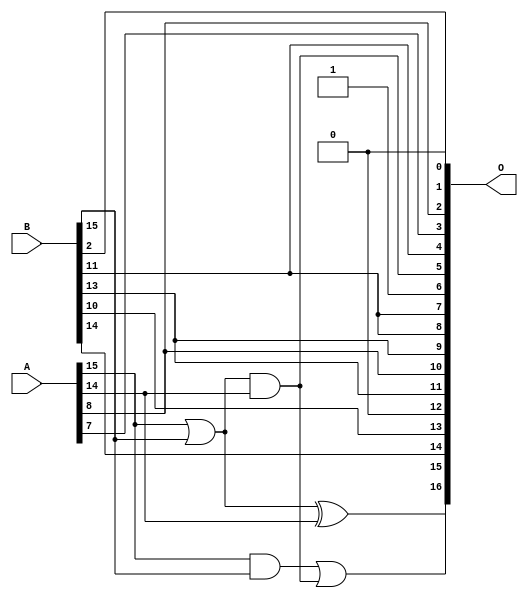
/***
* This code is a part of EvoApproxLib library (ehw.fit.vutbr.cz/approxlib) distributed under The MIT License.
* When used, please cite the following article(s): PRABAKARAN B. S., MRAZEK V., VASICEK Z., SEKANINA L., SHAFIQUE M. ApproxFPGAs: Embracing ASIC-based Approximate Arithmetic Components for FPGA-Based Systems. DAC 2020. 
***/
// MAE% = 9.90 %
// MAE = 12976 
// WCE% = 34.18 %
// WCE = 44805 
// WCRE% = 6300.00 %
// EP% = 100.00 %
// MRE% = 22.35 %
// MSE = 25358.103e4 
// FPGA_POWER = 0.29
// FPGA_DELAY = 6.2
// FPGA_LUT = 2.0


module add16u_0MH(A, B, O);
  input [15:0] A, B;
  output [16:0] O;
  wire sig_103, sig_104, sig_105;
  assign O[4] = B[11];
  assign O[12] = 1'b0;
  assign O[6] = 1'b1;
  assign O[1] = 1'b0;
  assign sig_103 = A[14];
  assign sig_104 = A[15] | B[15];
  assign sig_105 = A[15] & B[15];
  assign O[5] = sig_104 & sig_103;
  assign O[15] = sig_104 ^ sig_103;
  assign O[16] = sig_105 | O[5];
  assign O[0] = B[2];
  assign O[2] = A[8];
  assign O[3] = A[7];
  assign O[7] = O[4];
  assign O[8] = B[11];
  assign O[9] = B[13];
  assign O[10] = A[8];
  assign O[11] = B[13];
  assign O[13] = B[10];
  assign O[14] = B[14];
endmodule